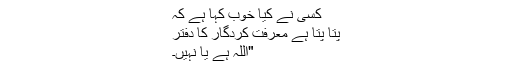
کسی نے کیا خوب کہا ہے کہ
پتا پتا ہے معرفتِ کردگار کا دفتر
"اللہ ہے یا نہیں۔